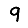
Digit: 9